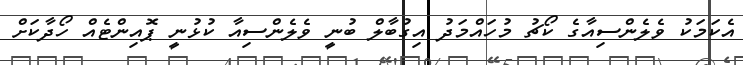
އެކަމަކު ވެލެންސިއާގެ ކޯޗު މުހައްމަދު އިގުބާލް ބުނީ ވެލެންސިއާ ކުޅުނީ ޕޮއިންޓެއް ހޯދާކަށް